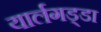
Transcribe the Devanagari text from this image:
यार्लगड्डा